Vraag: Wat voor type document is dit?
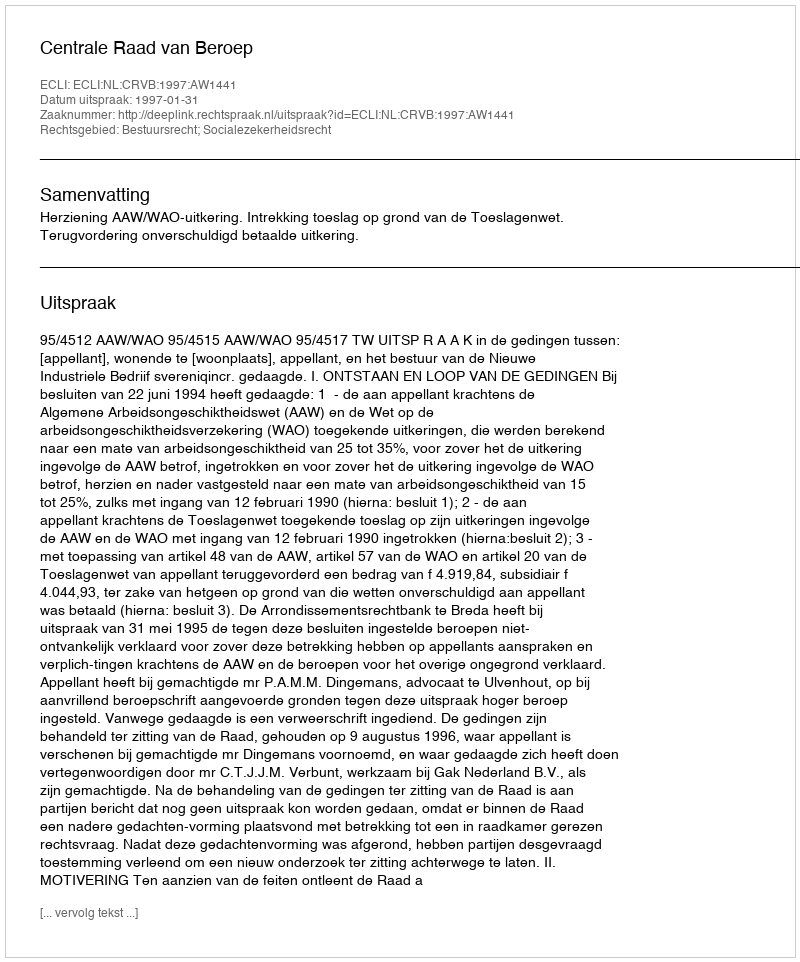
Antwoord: Uitspraak